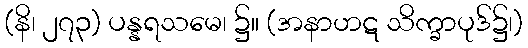
(နိ၊ ၂၇၃) ပန္နရသမေ၊ ၌။ (အနာဟဋ သိက္ခာပုဒ်၌၊)